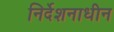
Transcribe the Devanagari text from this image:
निर्देशनाधीन